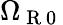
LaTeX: \Omega_{\mathrm{~R~0~}}